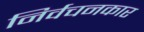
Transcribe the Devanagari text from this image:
निर्वचनकार